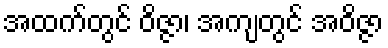
အထက်တွင် ဝိဇ္ဇာ၊ အကျတွင် အဝိဇ္ဇာ